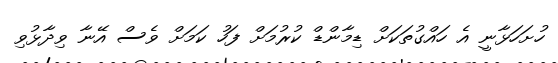
ހުށަހަޅާނީ އެ ހައްގުތަކަށް ޑިމާންޑް ކުރުމަށް ފަހު ކަމަށް ވެސް އޭނާ ވިދާޅުވި